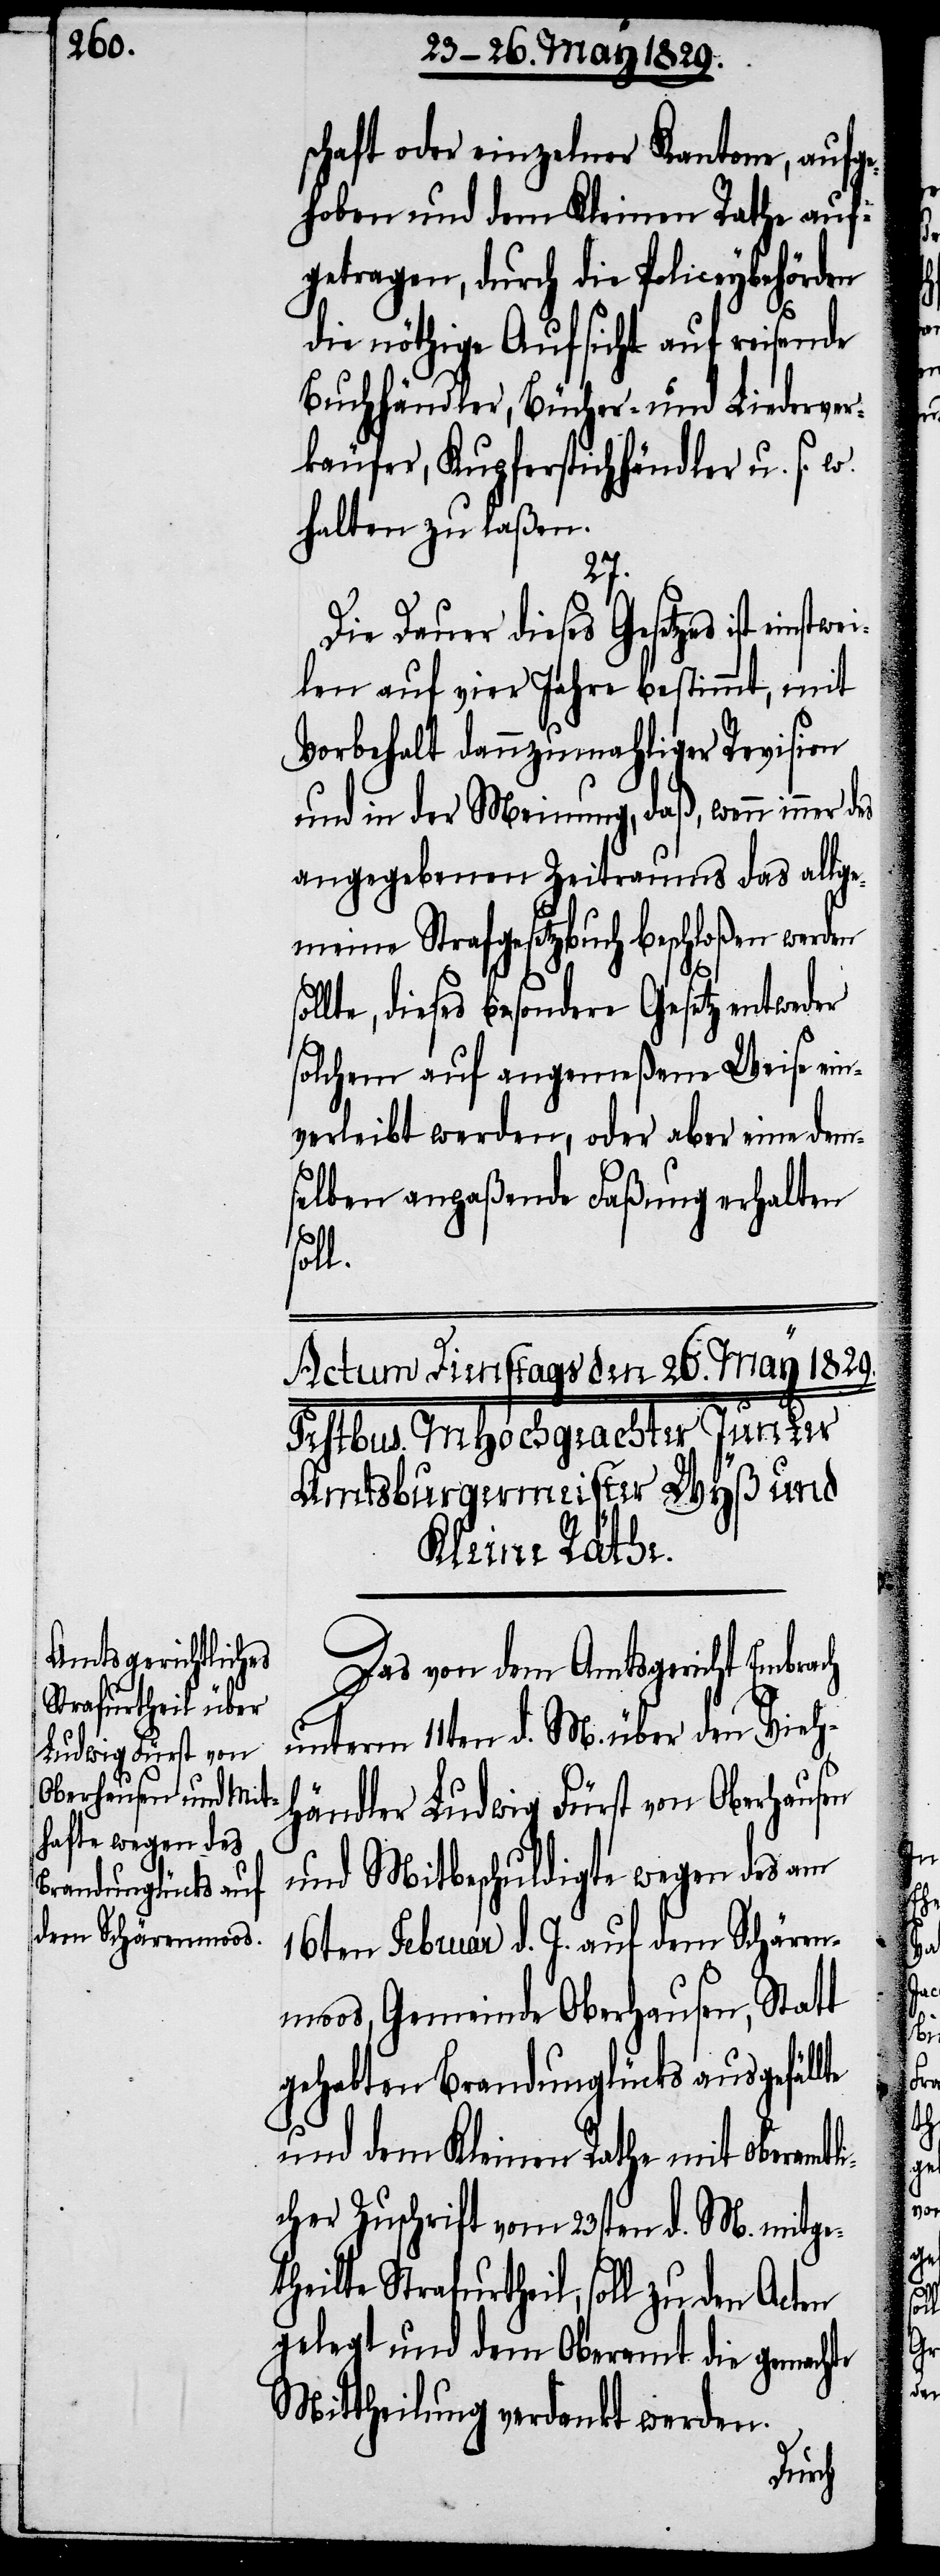
schaft oder einzelner Kantone, aufge¬
hoben und dem Kleinen Rathe aufg¬
etragen, durch die Policeybehörden
die nöthige Aufsicht auf reisende
Buchhändler, Bücher- und Liederver¬
käufer, Kupferstichhändler u. s. w.
halten zu laßen.
we¬
Die Dauer dieses Gesetzes ist ein¬
ilen auf vier Jahre bestimmt, mit
Vorbehalt dannzumahliger Revision
und in der Meinung, daß, wenn immer des
angegebenen Zeitraums das allge¬
meine Strafgesetzbuch beschloßen werden
sollte, dieses besondere Gesetz entweder
solchem auf angemeßene Weise ein¬
verleibt werden, oder aber eine dem¬
selben anpaßende Faßung erhalten
soll.
Das von dem Amtsgericht Embrach
unterm 11ten d. M. über den Vieh¬
händler Ludwig Fürst von Oberhausen
und Mitbeschuldigte wegen des am
16ten Februar d. J. auf dem Schären¬
moos, Gemeinde Oberhausen, Statt
gehabten Brandunglücks ausgefällte
und dem Kleinen Rathe mit oberamtl¬
icher Zuschrift vom 23sten d. M. mitge¬
theilte Strafurtheil, soll zu den
gelegt und dem Oberamt die gemachte
Mittheilung verdankt werden.